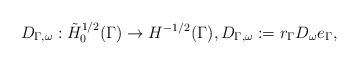
LaTeX: \begin{align*}D_{\Gamma,\omega} : \tilde H^{1/2}_{0}(\Gamma) \to H^{-1/2} (\Gamma), D_{\Gamma,\omega} := r_\Gamma D_\omega e_\Gamma , \end{align*}